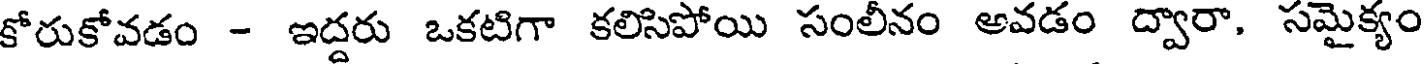
కోరుకోవడం - ఇద్దరు ఒకటిగా కలిసిపోయి సంలీనం అవడం ద్వారా, సమైక్యం